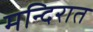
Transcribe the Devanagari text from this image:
मन्दिरात